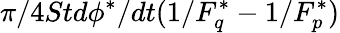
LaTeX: \pi/4Std\phi^{*}/dt(1/F_{q}^{*}-1/F_{p}^{*})